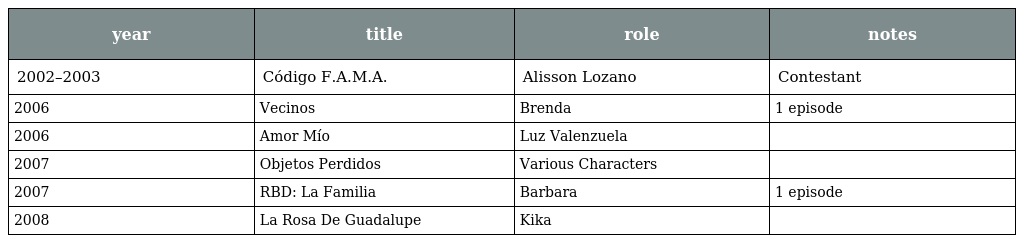
| year | title | role | notes |
 | --- | --- | --- | --- |
 | 2002–2003 | Código F.A.M.A. | Alisson Lozano | Contestant |
 | 2006 | Vecinos | Brenda | 1 episode |
 | 2006 | Amor Mío | Luz Valenzuela |  |
 | 2007 | Objetos Perdidos | Various Characters |  |
 | 2007 | RBD: La Familia | Barbara | 1 episode |
 | 2008 | La Rosa De Guadalupe | Kika |  |